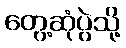
တွေ့ဆုံပွဲသို့